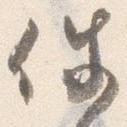
件